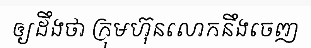
ឲ្យដឹងថា ក្រុមហ៊ុនលោកនឹងចេញ